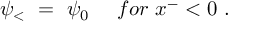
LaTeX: \psi _ { < } ~ = ~ \psi _ { 0 } ~ ~ ~ ~ f o r ~ x ^ { - } < 0 ~ .